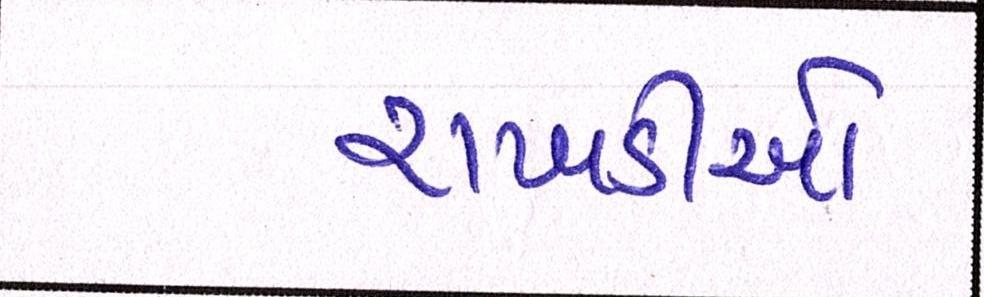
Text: રાખડીઓ